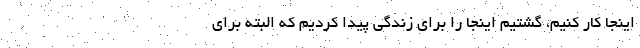
اینجا کار کنیم، گشتیم اینجا را برای زندگی پیدا کردیم که البته برای